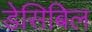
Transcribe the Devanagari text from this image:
डेसिबिल